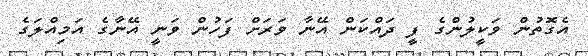
އެގޮތުން ވަކީލުންގެ ފީ ދައްކަން އޭނާ ވަރަށް ފަހުން ވަނީ އޭނާގެ އަމިއްލަގެ